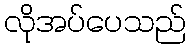
လိုအပ်ပေသည်